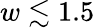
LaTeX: w\lesssim 1.5